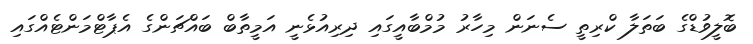
ބޮލީވުޑްގެ ބަތަލާ ކްރިތީ ސެނަން މިހާރު މުމްބާއީގައި ދިރިއުޅެނީ އަމީތާބް ބައްޗަންގެ އެޕާޓްމަންޓެއްގައި